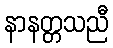
နာနတ္တသညီ